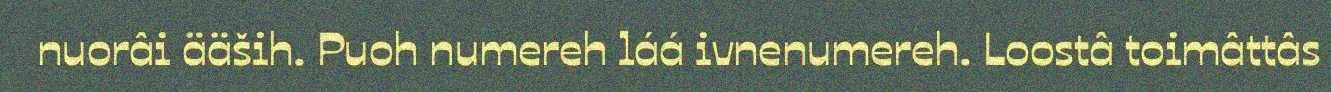
nuorâi ääših. Puoh numereh láá ivnenumereh. Loostâ toimâttâs